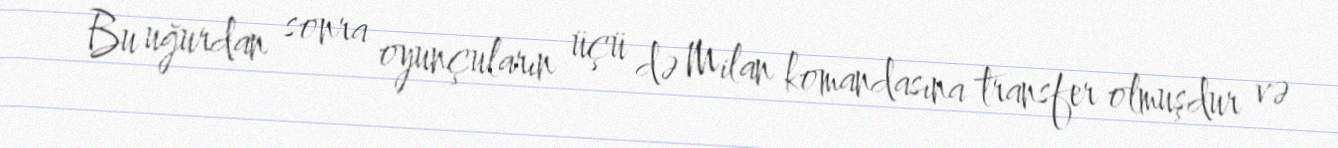
Bu uğurdan sonra oyunçuların üçü də Milan komandasına transfer olmuşdur və